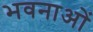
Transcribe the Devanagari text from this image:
भवनाओं